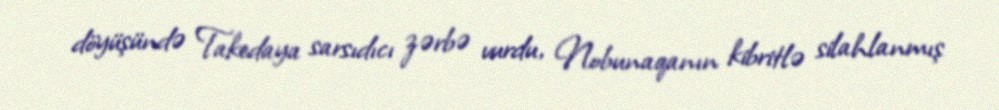
döyüşündə Takedaya sarsıdıcı zərbə vurdu, Nobunaqanın kibritlə silahlanmış